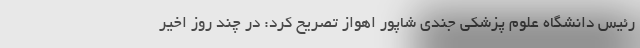
رئیس دانشگاه علوم پزشکی جندی شاپور اهواز تصریح کرد: در چند روز اخیر